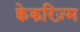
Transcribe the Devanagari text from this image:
क्वेकरिज़्म